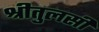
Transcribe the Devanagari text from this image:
श्रीतुलसी